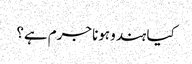
کیا ہندو ہونا جرم ہے؟